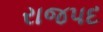
રાજપદ